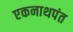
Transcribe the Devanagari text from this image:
एकनाथपंत